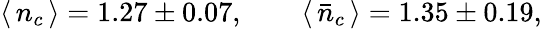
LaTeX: \langle\, n_{c}\, \rangle=1.27\pm 0.07,\qquad\langle\, \bar{n}_{c}\, \rangle=1.35\pm 0.19,